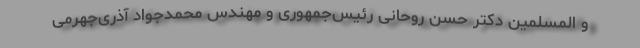
و المسلمین دکتر حسن روحانی رئیس‌جمهوری و مهندس محمدجواد آذری‌جهرمی